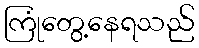
ကြုံတွေ့နေရသည်